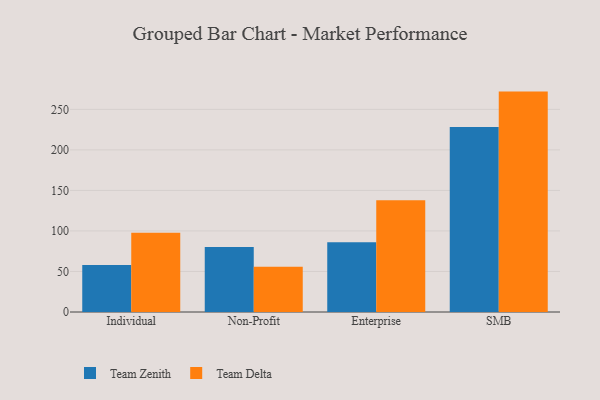
{"axis": {"x": "Segment", "y": "Bounce Rate (%)"}, "legend": ["Team Delta", "Team Zenith"], "data": [{"x": "Individual", "y": 57.9, "type": "Team Zenith"}, {"x": "Individual", "y": 97.7, "type": "Team Delta"}, {"x": "Non-Profit", "y": 80.3, "type": "Team Zenith"}, {"x": "Non-Profit", "y": 55.7, "type": "Team Delta"}, {"x": "Enterprise", "y": 86.1, "type": "Team Zenith"}, {"x": "Enterprise", "y": 138.0, "type": "Team Delta"}, {"x": "SMB", "y": 228.1, "type": "Team Zenith"}, {"x": "SMB", "y": 271.9, "type": "Team Delta"}]}